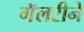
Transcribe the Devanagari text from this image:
गॅलरीने